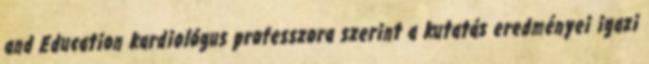
and Education kardiológus professzora szerint a kutatás eredményei igazi